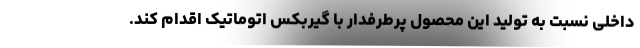
داخلی نسبت به تولید این محصول پرطرفدار با گیربکس اتوماتیک اقدام کند.